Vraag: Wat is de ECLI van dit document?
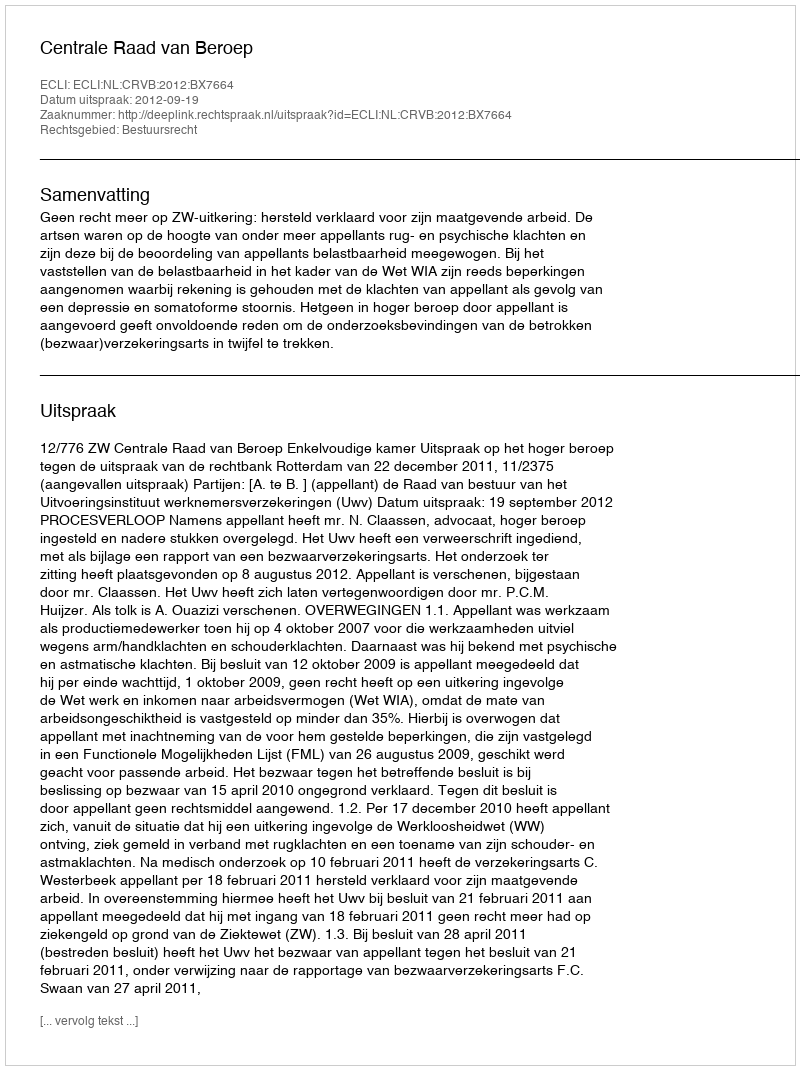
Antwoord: ECLI:NL:CRVB:2012:BX7664